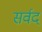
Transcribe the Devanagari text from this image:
सर्वद